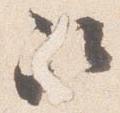
次